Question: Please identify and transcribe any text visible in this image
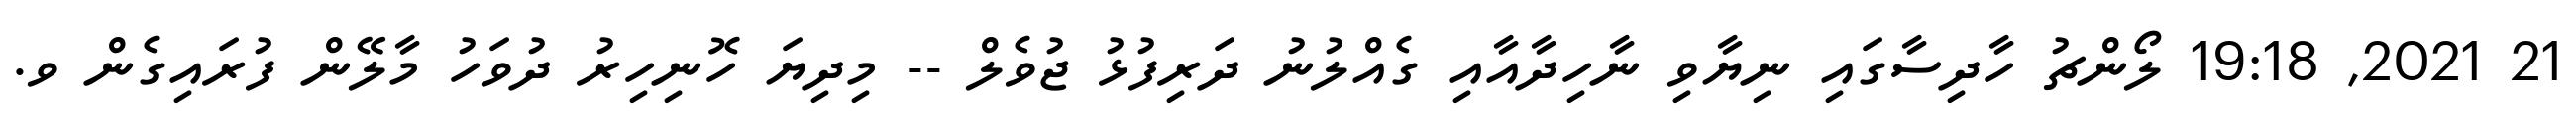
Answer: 21 2021, 19:18 ލޯންޗު ހާދިސާގައި ނިޔާވި ނާހިދާއާއި ގެއްލުނު ދަރިފުޅު ޖުވެލް -- މިދިޔަ ހޮނިހިރު ދުވަހު މާލޭން ފުރައިގެން ވ.